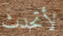
لأتحدث